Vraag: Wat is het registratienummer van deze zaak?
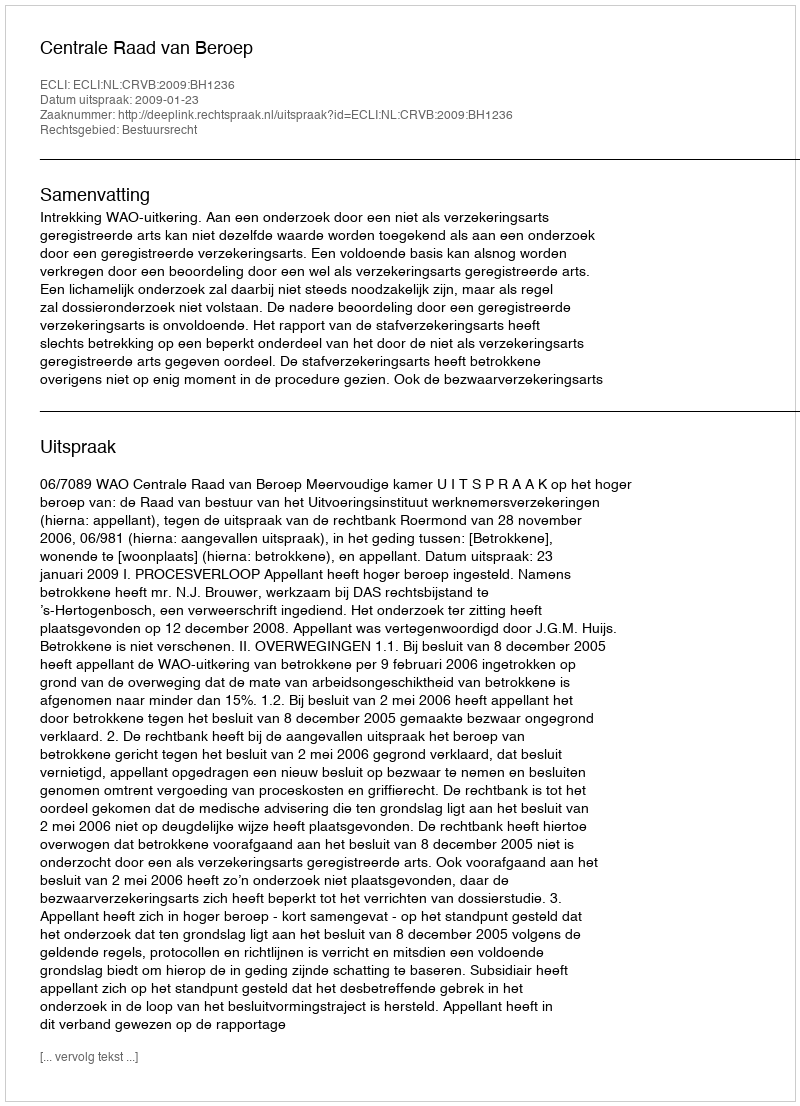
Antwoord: http://deeplink.rechtspraak.nl/uitspraak?id=ECLI:NL:CRVB:2009:BH1236